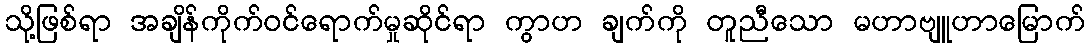
သို့ဖြစ်ရာ အချိန်ကိုက်ဝင်ရောက်မှုဆိုင်ရာ ကွာဟ ချက်ကို တူညီသော မဟာဗျူဟာမြောက်